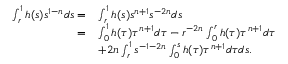
\begin{array} { r l } { \int _ { r } ^ { 1 } h ( s ) s ^ { 1 - n } d s = } & { \int _ { r } ^ { 1 } h ( s ) s ^ { n + 1 } s ^ { - 2 n } d s } \\ { = } & { \int _ { 0 } ^ { 1 } h ( \tau ) \tau ^ { n + 1 } d \tau - r ^ { - 2 n } \int _ { 0 } ^ { r } h ( \tau ) \tau ^ { n + 1 } d \tau } \\ & { + 2 n \int _ { r } ^ { 1 } s ^ { - 1 - 2 n } \int _ { 0 } ^ { { s } } h ( \tau ) \tau ^ { n + 1 } d \tau d s . } \end{array}